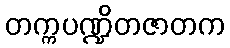
တက္ကပဏ္ဍိတဇာတက